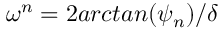
\omega ^ { n } = 2 a r c t a n ( \psi _ { n } ) / \delta